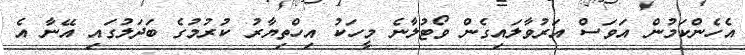
އެހެންކަމުން އަވަސް އަރުވާލައިގެން ވޯޓުލާނެ މީހަކު އިހްތިޔާރު ކުރުމުގެ ބަދަލުގައި އޭނާ އެ